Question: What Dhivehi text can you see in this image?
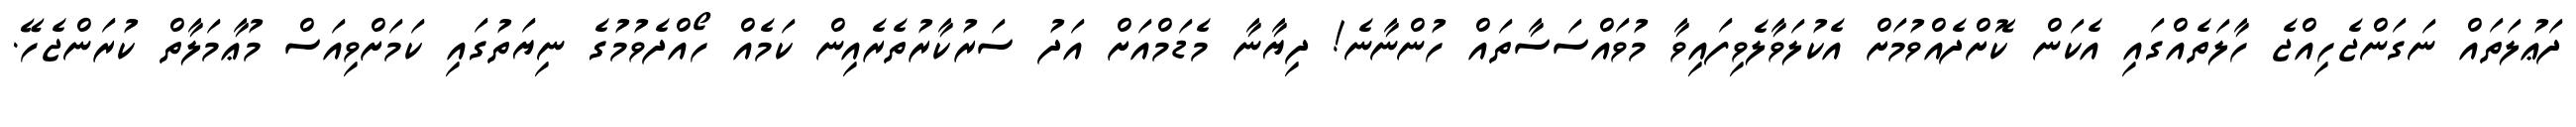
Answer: ދަޢުލަތައް ނަގަންޖެހިއްޖެ ހާލަތެއްގައި އެކަން ކޮށްދެއްވުމަށް އެކުލަވާލެވިފައިވާ މުވައްސަސާތައް ހުންނާނެ! ދިޔާނާ މެޑަމްއަށް އަދު ސަރުކާރުތެރެއިން ކަމެއް ހޯއްދެވުމުގެ ނިޔަތުގައި ކަމަށްވިއަސް މުޢާމަލާތް ކުރަންޖެހޭ.